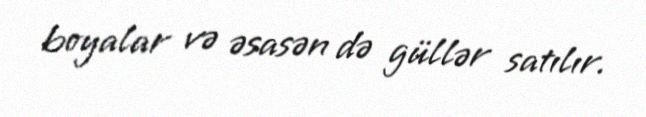
boyalar və əsasən də güllər satılır.